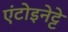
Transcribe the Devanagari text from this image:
एंटोइनेट्टे